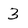
Character: 3